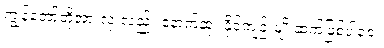
ကျွန်တော်တို့အားလုံးလည်း နောက်ဆုံး နိုင်ကျဉ်းမျိုးဆက်ဖြစ်ပါစေ။